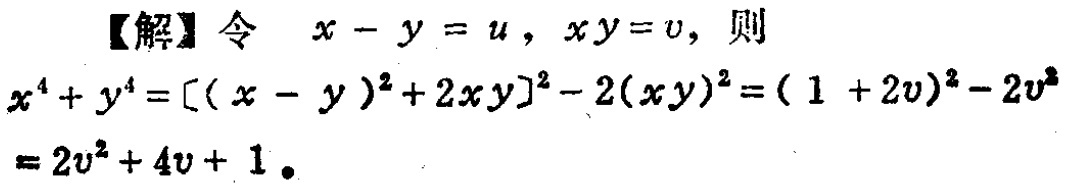
【解】令 \(x - y = u\)，\(xy = v\)，则

\(x^{4}+y^{4}=[(x - y)^{2}+2xy]^{2}-2(xy)^{2}=(1 + 2v)^{2}-2v^{2}=2v^{2}+4v + 1\)。